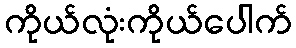
ကိုယ်လုံးကိုယ်ပေါက်